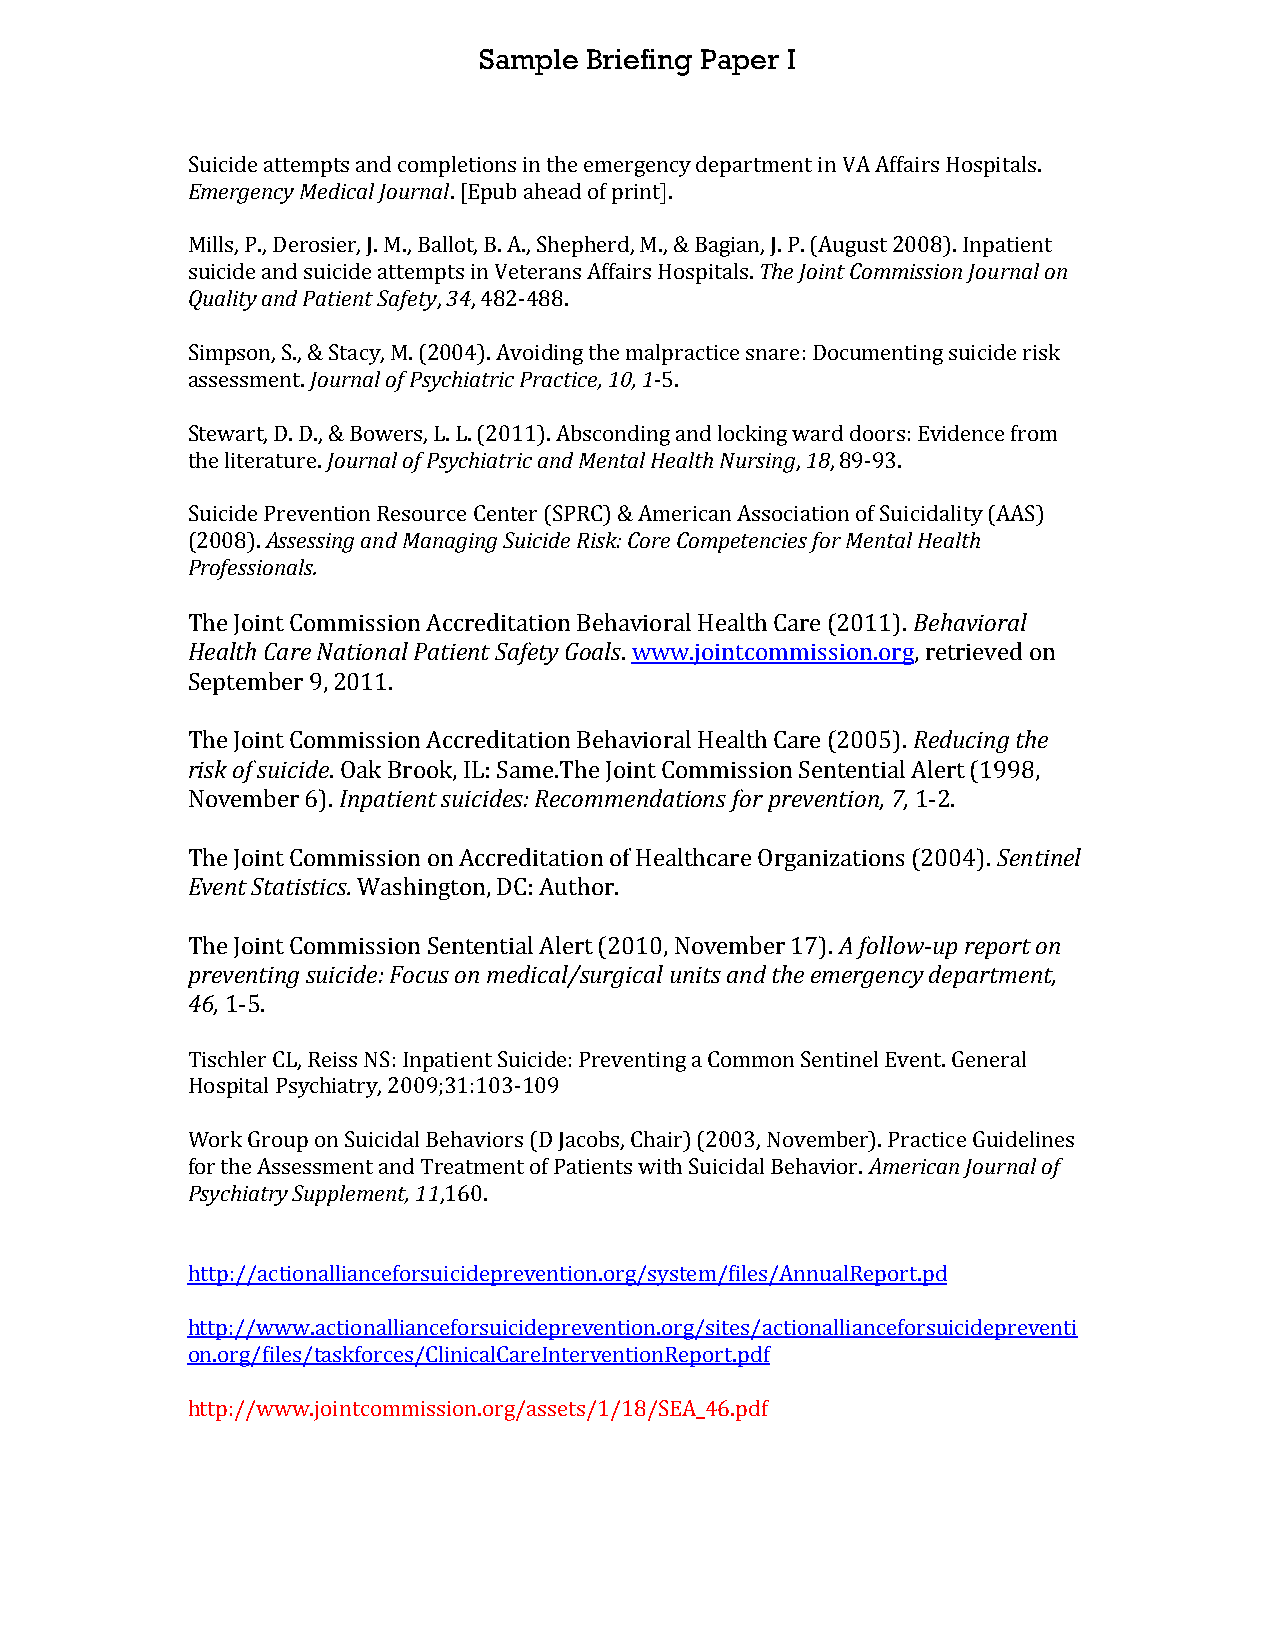
Sample Briefing Paper I
 Suicide attempts and completions in the emergency department in VA Affairs Hospitals.
 Emergency Medical Journal. [Epub ahead of print].
 Mills, P., Derosier, J. M., Ballot, B. A., Shepherd, M., & Bagian, J. P. (August 2008). Inpatient
 suicide and suicide attempts in Veterans Affairs Hospitals. The Joint Commission Journal on
 Quality and Patient Safety, 34, 482-488.
 Simpson, S., & Stacy, M. (2004). Avoiding the malpractice snare: Documenting suicide risk
 assessment. Journal of Psychiatric Practice, 10, 1-5.
 Stewart, D. D., & Bowers, L. L. (2011). Absconding and locking ward doors: Evidence from
 the literature. Journal of Psychiatric and Mental Health Nursing, 18, 89-93.
 Suicide Prevention Resource Center (SPRC) & American Association of Suicidality (AAS)
 (2008). Assessing and Managing Suicide Risk: Core Competencies for Mental Health
 Professionals.
 The Joint Commission Accreditation Behavioral Health Care (2011). Behavioral
 Health Care National Patient Safety Goals. www.jointcommission.org, retrieved on
 September 9, 2011.
 The Joint Commission Accreditation Behavioral Health Care (2005). Reducing the
 risk of suicide. Oak Brook, IL: Same.The Joint Commission Sentential Alert (1998,
 November 6). Inpatient suicides: Recommendations for prevention, 7, 1-2.
 The Joint Commission on Accreditation of Healthcare Organizations (2004). Sentinel
 Event Statistics. Washington, DC: Author.
 The Joint Commission Sentential Alert (2010, November 17). A follow-up report on
 preventing suicide: Focus on medical/surgical units and the emergency department,
 46, 1-5.
 Tischler CL, Reiss NS: Inpatient Suicide: Preventing a Common Sentinel Event. General
 Hospital Psychiatry, 2009;31:103-109
 Work Group on Suicidal Behaviors (D Jacobs, Chair) (2003, November). Practice Guidelines
 for the Assessment and Treatment of Patients with Suicidal Behavior. American Journal of
 Psychiatry Supplement, 11,160.
 http://actionallianceforsuicideprevention.org/system/files/AnnualReport.pd
 http://www.actionallianceforsuicideprevention.org/sites/actionallianceforsuicidepreventi
 on.org/files/taskforces/ClinicalCareInterventionReport.pdf
 http://www.jointcommission.org/assets/1/18/SEA_46.pdf